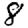
Digit: 8